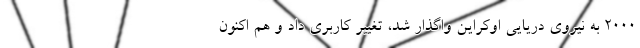
2000 به نیروی دریایی اوکراین واگذار شد، تغییر کاربری داد و هم اکنون